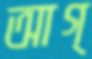
আগ্‌